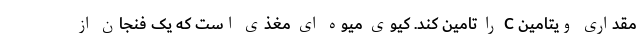
مقداری ویتامین C را تامین کند. کیوی میوه ای مغذی است که یک فنجان از